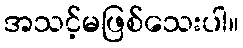
အသင့်မဖြစ်သေးပါ။